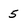
Character: 5